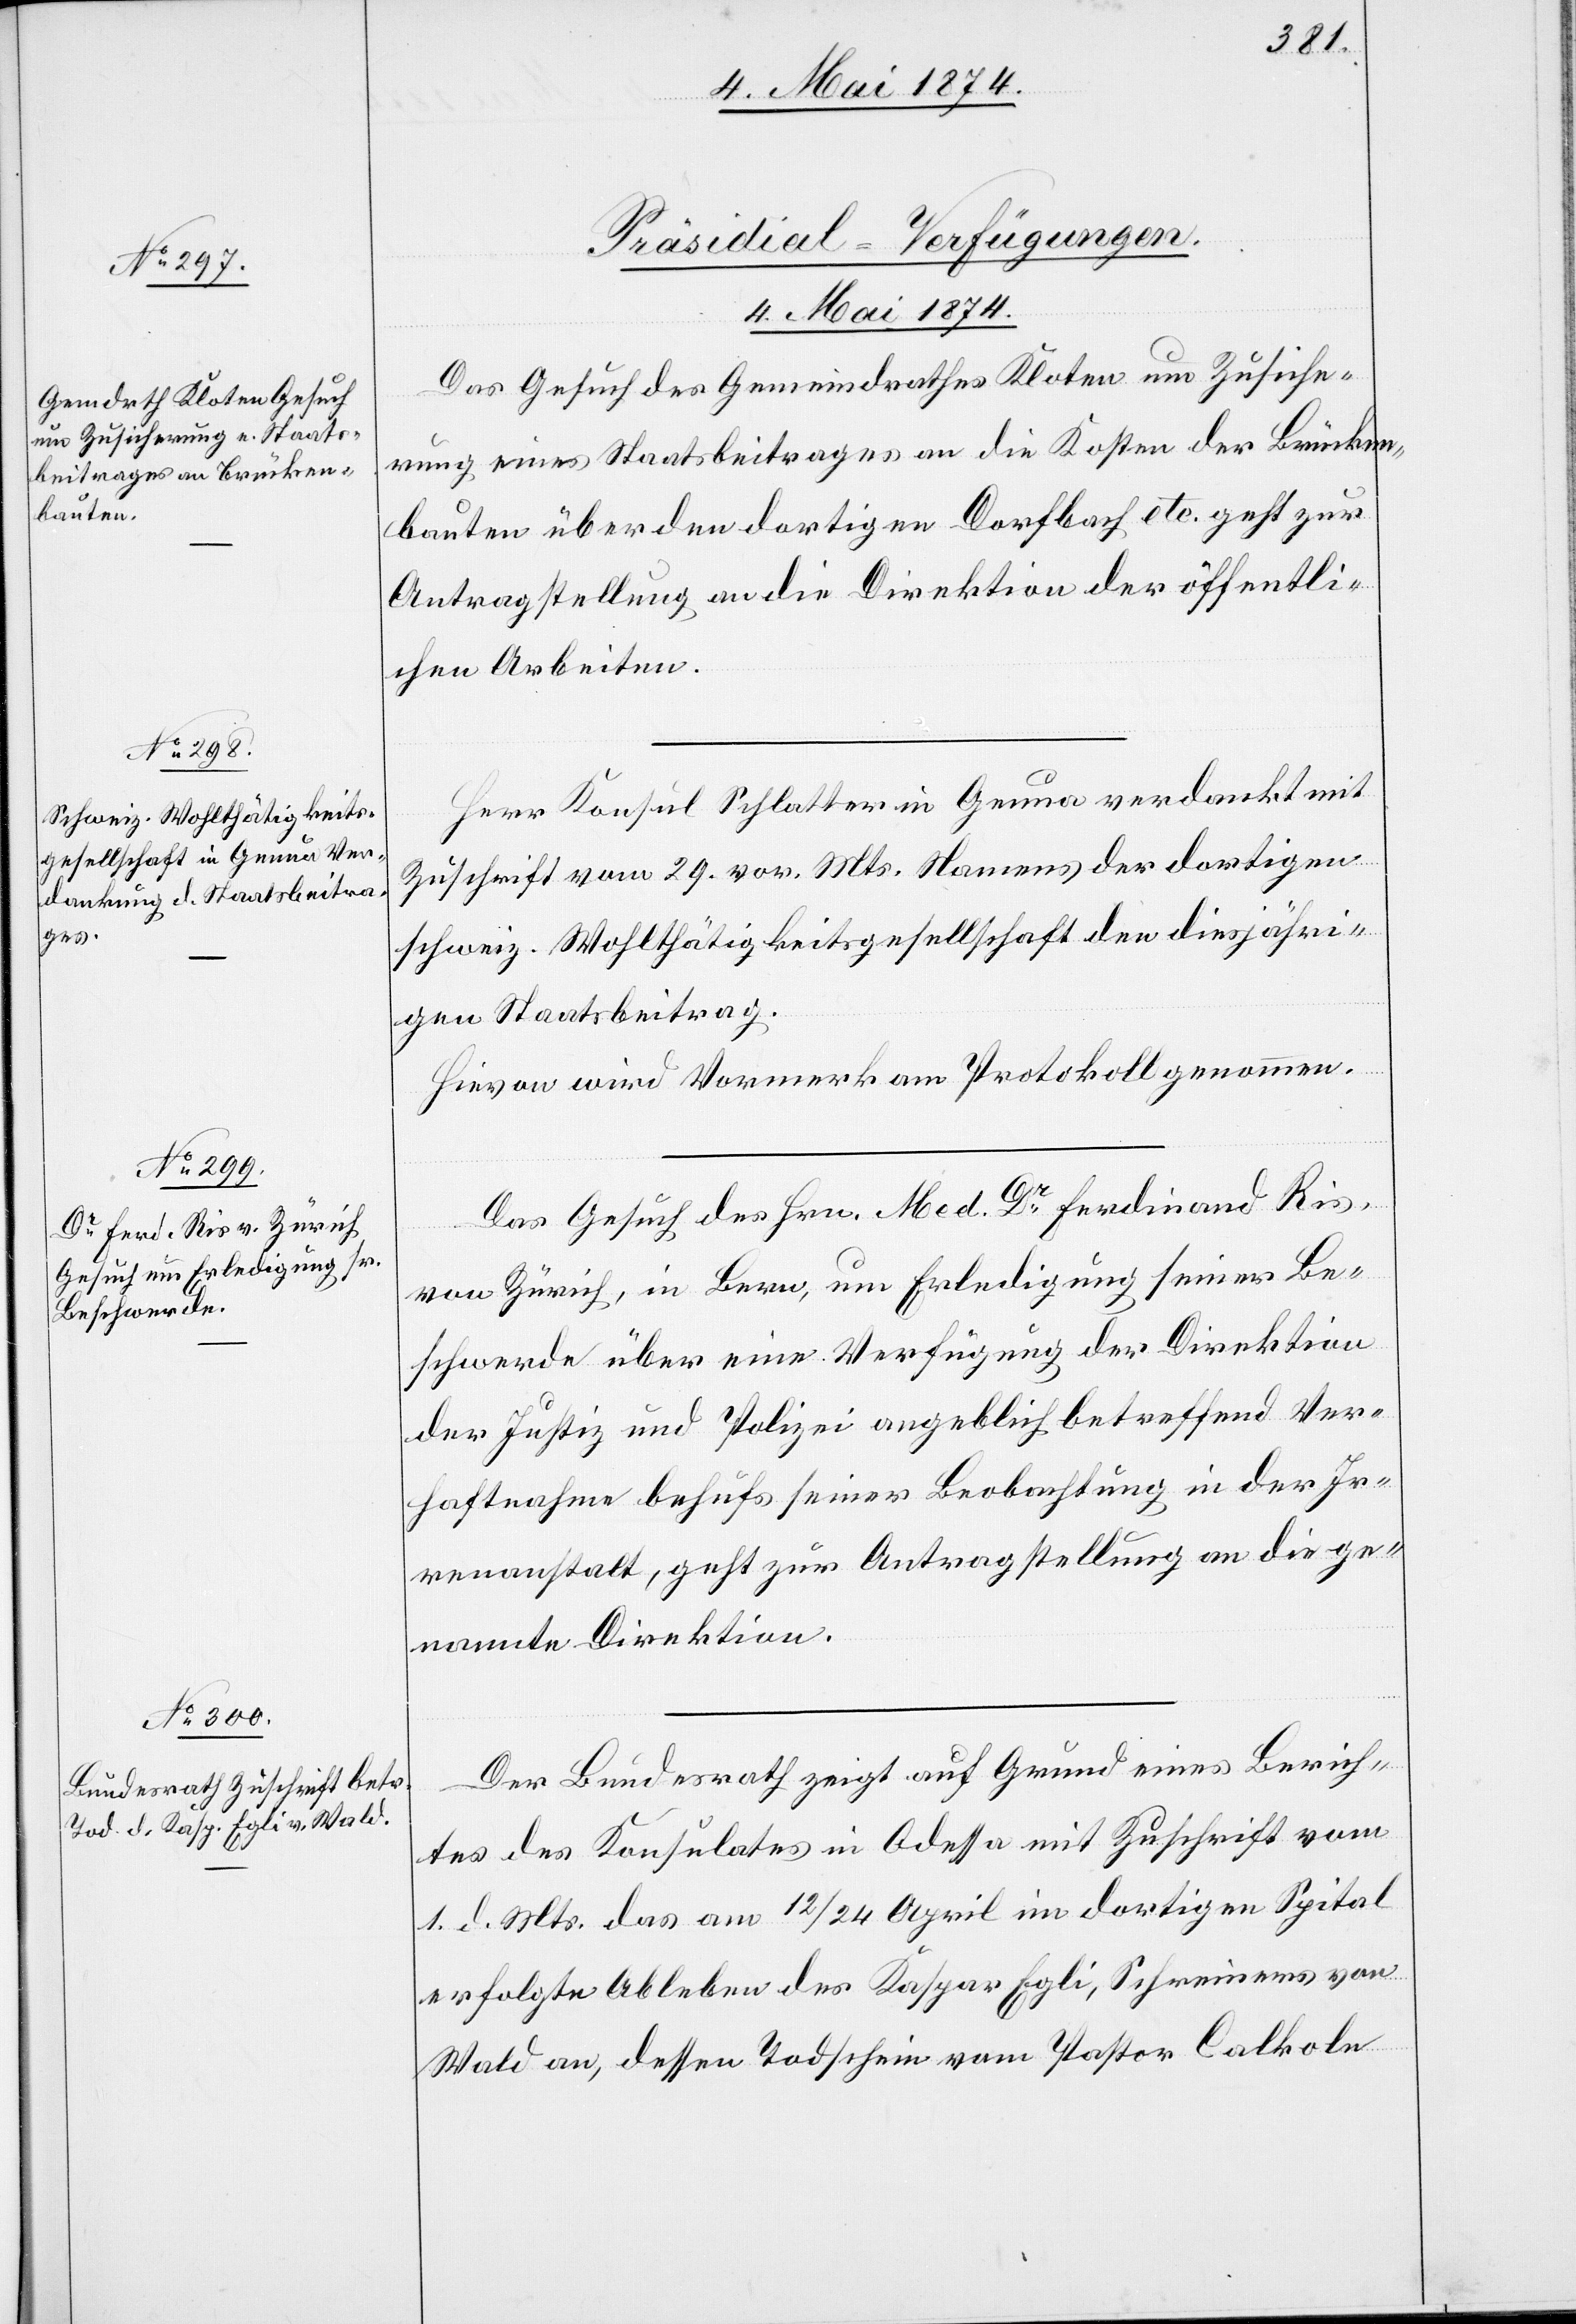
4. Mai 1874.]
[Präsidial-Verfügungen.
4. Mai 1874.
Das Gesuch des Gemeindrathes Kloten um Zusiche¬
rung eines Staatsbeitrages an die Kosten der Brücken¬
bauten über den dortigen Dorfbach etc. geht zur
Antragstellung an die Direktion der öffentli¬
chen Arbeiten.
Herr Konsul Schlatter in Genua verdankt mit
Zuschrift vom 29. vor. Mts. Namens der dortigen
schweiz. Wohlthätigkeitsgesellschaft den diesjähri¬
gen Staatsbeitrag.
Hievon wird Vormerk am Protokoll am
Das Gesuch des Hrn. Med. Dr Ferdinand Ris
von Zürich, in Bern, um Erledigung seiner Be¬
schwerde über eine Verfügung der Direktion
der Justiz und Polizei angeblich betreffend Ver¬
haftnahme behufs seiner Beobachtung in der Ir¬
renanstalt, geht zur Antragstellung an die ge¬
nannte Direktion.
Der Bundesrath zeigt auf Grund eines Berich¬
tes des Konsulates in Odessa mit Zuschrift vom
1. d. Mts. das am 12./24. April im dortigen Spital
erfolgte Ableben des Kaspar Egli, Schreiners von
Wald an, dessen Todschein vom Pastor Calkole